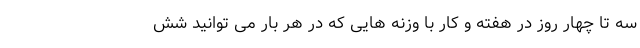
سه تا چهار روز در هفته و کار با وزنه هایی که در هر بار می توانید شش